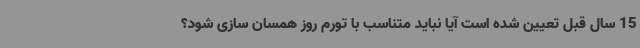
15 سال قبل تعیین شده است آیا نباید متناسب با تورم روز همسان سازی شود؟